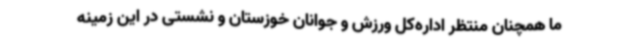
ما همچنان منتظر اداره‌کل ورزش و جوانان خوزستان و نشستی در این زمینه